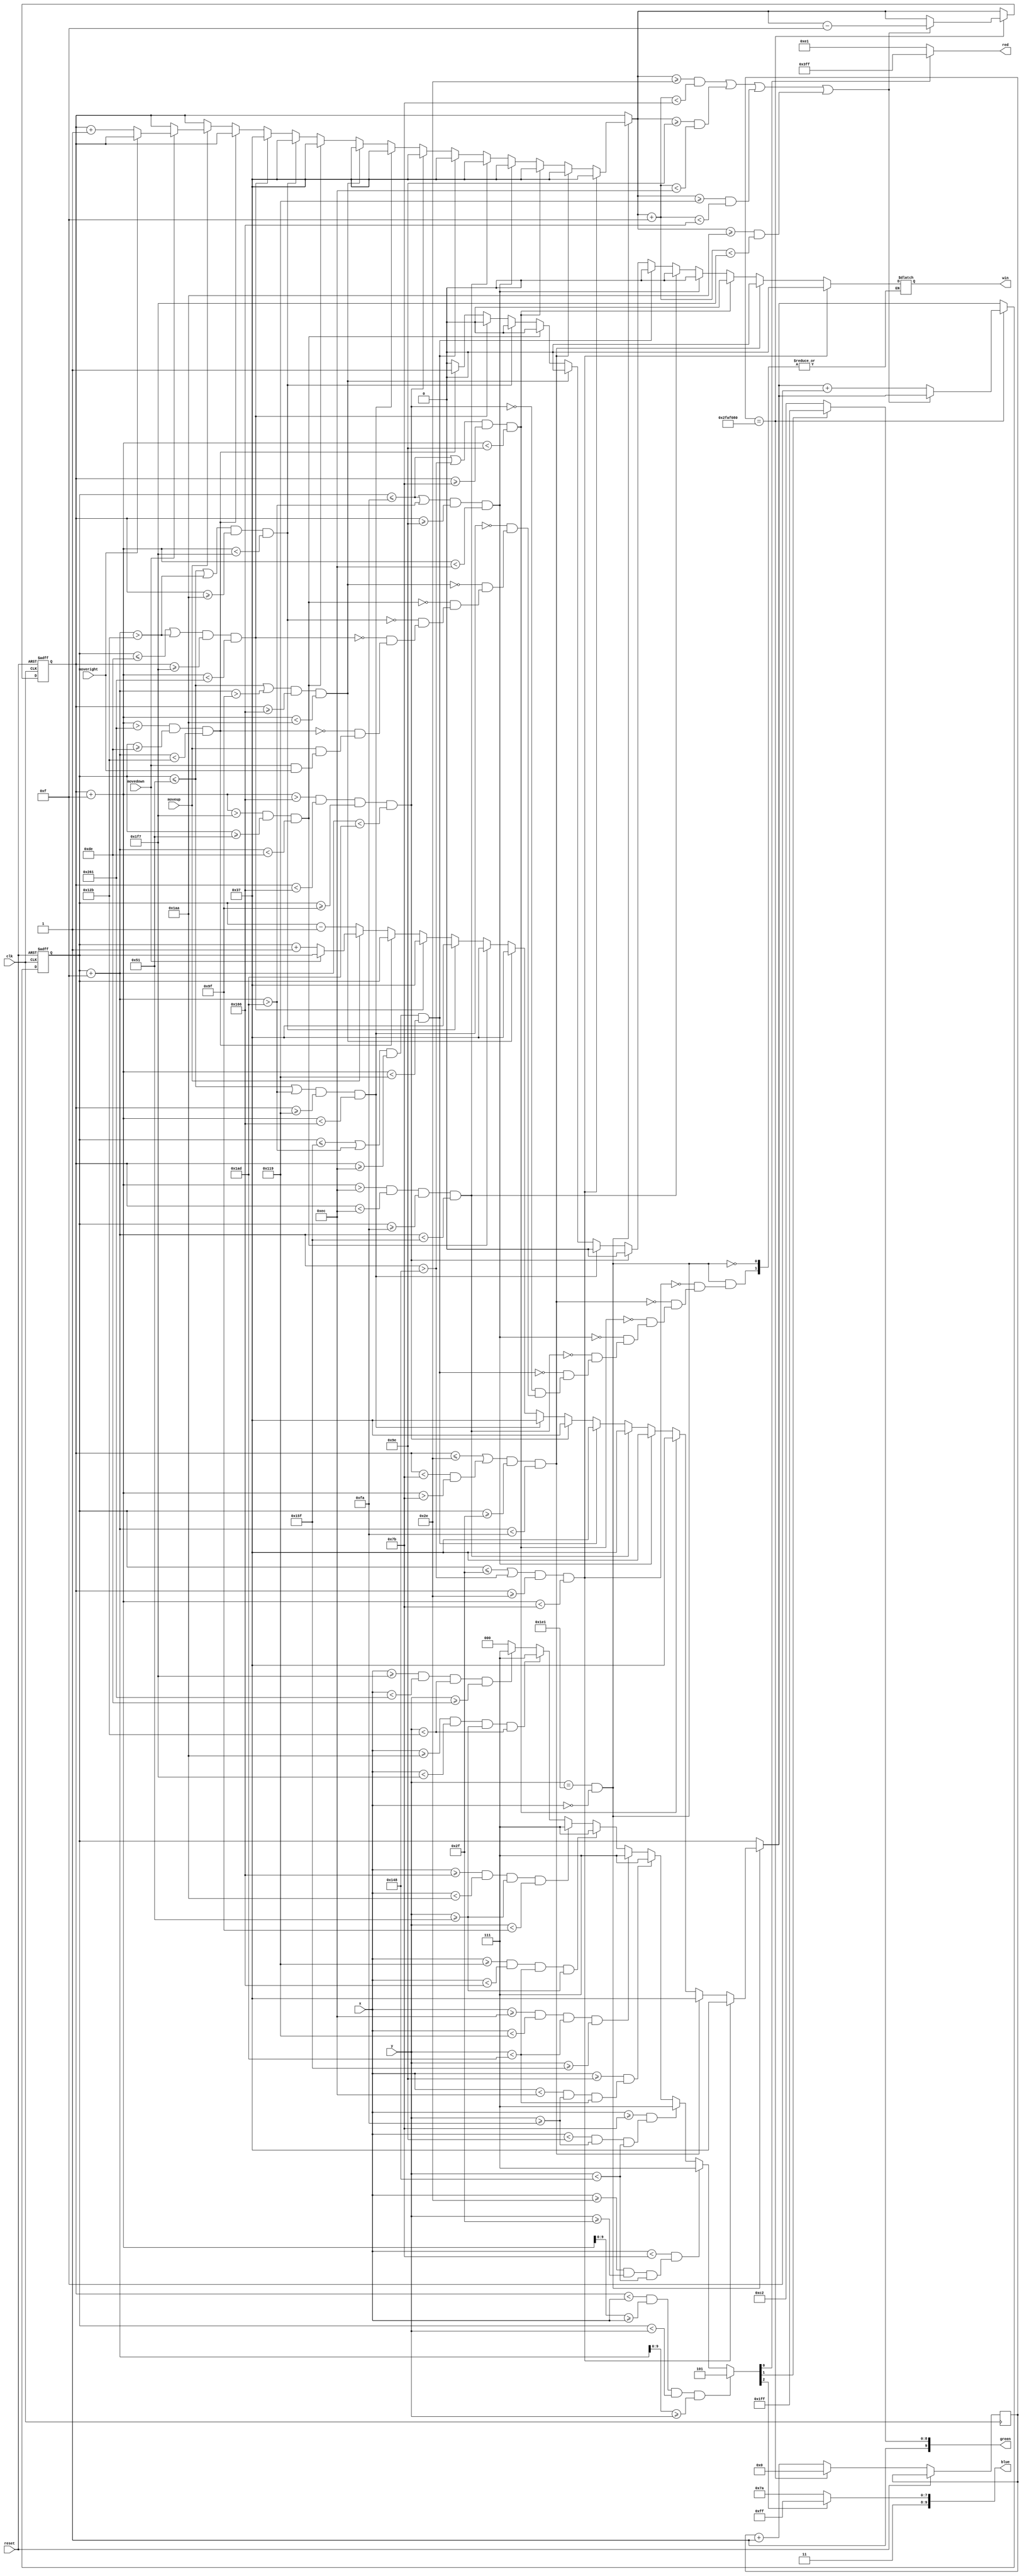
module maze(input [9:0]x, input[9:0]y, input clk, input reset, input moveup, input movedown, input moveright, output [9:0] red, output [9:0] green, output [9:0] blue, output reg win);



// x1, y1 designate the upperleft corner of the square

reg [9:0] squarex1_reg, squarey1_reg, squarex1_next, squarey1_next;

wire [9:0] squarey2, squarex2, squarex1, squarey1;

localparam SQUARE_SIZE = 15; 

localparam SQUARE_SPEED = 1;   //<------------------------------

wire square_on;

wire collision_on;




wire refr_tick;

assign refr_tick = (y == 481) && (x == 0);




reg [2:0] idx;

assign red = (idx[0]? 10'h3ff: 10'he1);

assign green = (idx[1]? 10'h3ff: 10'h2c2);

assign blue = (idx[2]? 10'h3ff: 10'h37a);




initial 

begin

	squarex1_reg <= 9'd55;

	squarey1_reg <= 9'd55;
	win <= 1'b0;

end




// moving the square, DON'T USE POSEDGE

//always @(negedge moveup or negedge moveright or negedge movedown)

assign squarex1 = squarex1_reg;

assign squarey1 = squarey1_reg;

assign squarex2 = squarex1 + SQUARE_SIZE; 

assign squarey2 = squarey1 + SQUARE_SIZE;

assign square_on = (squarex1 < x) && (squarex2 >= x) && (squarey1 < y) && (squarey2 >= y);

reg [40:0] count;

always @(posedge clk, posedge reset)
if (reset)
begin
squarex1_reg <= 9'd55;
squarey1_reg <= 9'd55;
end
else if (count==41'd50_000_000) //<------------------------------
begin
	if (((squarex1_next >= 46) & ((squarex1_next +SQUARE_SIZE) < 123 )) | ((squarex1_next >= 158) & ((squarex1_next +SQUARE_SIZE) < 236)) | 
	((squarex1_next >= 281) & ((squarex1_next +SQUARE_SIZE) < 358)) | ((squarex1_next >= 426) & ((squarex1_next +SQUARE_SIZE) < 503)))
	begin
	count <= 41'd0;
	 squarex1_reg <= squarex1_next - 15;
	 squarey1_reg <= squarey1_next;
	 end
	 else 
	 begin
	 count <= 41'd0;
	 squarex1_reg <= squarex1_next;
	 squarey1_reg <= squarey1_next + 15;
	 end
end
else
begin
count <= count+1;
squarex1_reg <= squarex1_next;
squarey1_reg <= squarey1_next;
end

always @(*)
begin
squarex1_next = squarex1_reg;
squarey1_next = squarey1_reg;
if (refr_tick)
	if (((squarey1_next <= 47) | ((squarey1_next +SQUARE_SIZE) > 328 )) & (squarex1_next >= 46) & ((squarex1_next +SQUARE_SIZE) < 123 )) 
	begin
	squarex1_next = 55;
	squarey1_next = 55;
	win <= 1'b0;
	end
	else if (((squarex1_next <= 46) | ((squarex1_next < 123) &((squarex1_next +SQUARE_SIZE) > 123 ))) & (squarey1_next >= 47) & ((squarey1_next +SQUARE_SIZE) < 250)) 
	begin
	squarex1_next = 55;
	squarey1_next = 55;
	win <= 1'b0;
	end
	else if (((squarey1_next <= 250) | ((squarey1_next +SQUARE_SIZE) > 328 )) & (squarex1_next >= 123) & ((squarex1_next +SQUARE_SIZE) < 158))
	begin
	squarex1_next = 55;
	squarey1_next = 55;
	win <= 1'b0;
	end
	else if (((squarey1_next <= 250) | ((squarey1_next +SQUARE_SIZE) > 429)) & (squarex1_next >= 158) & ((squarex1_next +SQUARE_SIZE) < 236))
	begin
	squarex1_next = 55;
	squarey1_next = 55;
	win <= 1'b0;
	end
	else if (((squarex1_next +SQUARE_SIZE) > 236) &(squarex1_next < 236) & (squarey1_next >= 250) & ((squarey1_next +SQUARE_SIZE) < 351))
	begin
	squarex1_next = 55;
	squarey1_next = 55;
	win <= 1'b0;
	end
	else if (((squarey1_next <= 351) | ((squarey1_next +SQUARE_SIZE) > 429)) & (squarex1_next >= 236) & ((squarex1_next +SQUARE_SIZE) < 281))
	begin
	squarex1_next = 55;
	squarey1_next = 55;
	win <= 1'b0;
	end
	else if (((squarex1_next +SQUARE_SIZE) > 358) & (squarex1_next < 358) & (squarey1_next >= 159) & ((squarey1_next +SQUARE_SIZE) < 429))
	begin
	squarex1_next = 55;
	squarey1_next = 55;
	win <= 1'b0;
	end
	else if (((squarey1_next <= 81) | ((squarey1_next +SQUARE_SIZE) > 429)) & (squarex1_next >= 281) & ((squarex1_next +SQUARE_SIZE) < 358))
	begin
	squarex1_next = 55;
	squarey1_next = 55;
	win <= 1'b0;
	end
	else if (((squarey1_next <= 81) | ((squarey1_next +SQUARE_SIZE) > 159)) & (squarex1_next >= 358) & ((squarex1_next +SQUARE_SIZE) < 426))
	begin
	squarex1_next = 55;
	squarey1_next = 55;
	win <= 1'b0;
	end
	else if (((squarex1_next +SQUARE_SIZE) > 503) & (squarey1_next >= 81) & ((squarey1_next +SQUARE_SIZE) < 222))
	begin
	squarex1_next = 55;
	squarey1_next = 55;
	win <= 1'b0;
	end
	else if (((squarey1_next <= 81) | ((squarey1_next +SQUARE_SIZE) > 299)) & (squarex1_next >= 426) & ((squarex1_next +SQUARE_SIZE) < 503))
	begin
	squarex1_next = 55;
	squarey1_next = 55;
	win <= 1'b0;
	end
	else if (((squarey1_next <= 222) | ((squarey1_next +SQUARE_SIZE) > 299)) & (squarex1_next >= 503) & ((squarex1_next +SQUARE_SIZE) < 609))
	begin
	squarex1_next = 55;
	squarey1_next = 55;
	win <= 1'b0;
	end
	else if (((squarex1_next +SQUARE_SIZE) > 609) & (squarey1_next >= 222) & ((squarey1_next +SQUARE_SIZE) < 299))
	begin
	win <= 1'b1;
	end
	else if (~moveup)
	begin
		squarey1_next = squarey1_reg - 1;
		win <= 1'b0;
		end
	else if (~movedown)
	begin
		squarey1_next = squarey1_reg + 1;
		win <= 1'b0;
	end
	else if (~moveright)
	begin
		squarex1_next = squarex1_reg + 1;
		win <= 1'b0;
	end
end

// rgb multiplexer

always@(*)
begin
	if (square_on)
		begin
		idx = 5;
		end
	else if ((x < 123) && (x >= 46) & (y >= 47) & (y < 328))
		begin
		idx = 3'd7;
		end
	else if ((x >= 123) && (x < 158) & (y >= 250) & (y < 328))
		begin
		idx = 3'd7;
		end
	else if ((x >= 158) && (x < 236) & (y >= 250) & (y < 429))
		begin
		idx = 3'd7;
		end
	else if ((x >= 236) & (x < 281) & (y < 429) & (y >= 351))
		begin
		idx = 3'd7;
		end
	else if ((x >= 281) & (x < 358) & (y < 429) & (y >= 81))
		begin
		idx = 3'd7;
		end
	else if ((x >= 358) & (x < 426) & (y >= 81) & (y < 159))
		begin
		idx = 3'd7;
		end
	else if ((x >= 426) & (x < 503) & (y >= 81) & (y < 299))
		begin
		idx = 3'd7;
		end
	else if ((x >= 503) & (x < 609) & (y < 299) & (y >= 222))
		begin
		idx = 3'd7;
		end
	else 
		begin
		idx = 0;
		end
end

endmodule